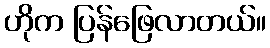
ဟိုက ပြန်ဖြေလာတယ်။